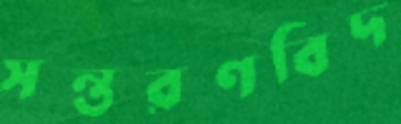
সন্তরণবিদ